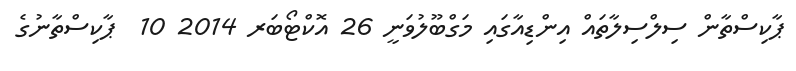
ޕާކިސްތާން ސިލްސިލާތައް އިންޑިއާގައި މަގްބޫލުވަނީ 26 އޮކްޓޯބަރ 2014 10  ޕާކިސްތާނުގެ